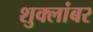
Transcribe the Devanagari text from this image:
शुक्लांबर